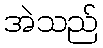
အဲသည်